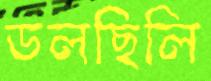
ডলছিলি